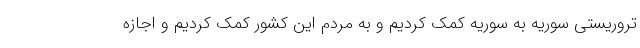
تروریستی سوریه به سوریه کمک کردیم و به مردم این کشور کمک کردیم و اجازه